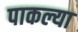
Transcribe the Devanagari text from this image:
पाकल्या